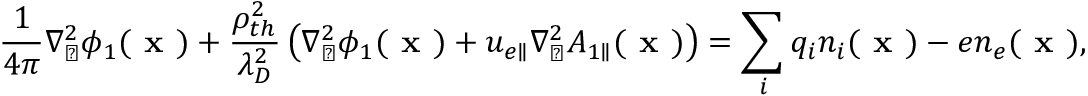
\frac { 1 } { 4 \pi } \nabla _ { \perp } ^ { 2 } \phi _ { 1 } ( \textbf { x } ) + \frac { \rho _ { t h } ^ { 2 } } { \lambda _ { D } ^ { 2 } } \left( \nabla _ { \perp } ^ { 2 } \phi _ { 1 } ( \textbf { x } ) + u _ { e \parallel } \nabla _ { \perp } ^ { 2 } A _ { 1 \parallel } ( \textbf { x } ) \right) = \sum _ { i } q _ { i } n _ { i } ( \textbf { x } ) - e n _ { e } ( \textbf { x } ) ,